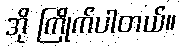
အို ကြိုက်ပါတယ်။